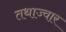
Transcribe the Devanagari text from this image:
तथाज्वार